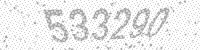
Solution: 533290